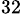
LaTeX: _{32}